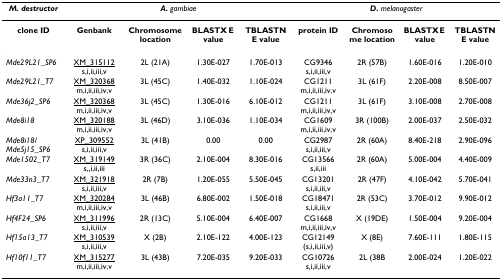
<table><thead><tr><td><b><i>M. destructor</i></b></td><td colspan="4"><b><i>A</i>. <i>gambiae</i></b></td><td colspan="4"><b><i>D</i>. <i>melanogaster</i></b></td></tr></thead><tbody><tr><td><b>clone ID</b></td><td><b>Genbank</b></td><td><b>Chromosome location</b></td><td><b>BLASTX E value</b></td><td><b>TBLASTN E value</b></td><td><b>protein ID</b></td><td><b>Chromosome location</b></td><td><b>BLASTX E value</b></td><td><b>TBLASTN E value</b></td></tr><tr><td><i>Mde29L21_SP6</i></td><td>XM_315112 s,i,ii,iii,v</td><td>2L (21A)</td><td>1.30E-027</td><td>1.70E-013</td><td>CG9346 s,i,ii,iii,v</td><td>2R (57B)</td><td>1.60E-016</td><td>1.20E-010</td></tr><tr><td><i>Mde29L21_T7</i></td><td>XM_320368 m,i,ii,iii,iv,v</td><td>3L (45C)</td><td>1.40E-032</td><td>1.10E-024</td><td>CG1211 m,i,ii,iii,iv,v</td><td>3L (61F)</td><td>2.20E-008</td><td>8.50E-007</td></tr><tr><td><i>Mde36j2_SP6</i></td><td>XM_320368 m,i,ii,iii,iv,v</td><td>3L (45C)</td><td>1.30E-016</td><td>6.10E-012</td><td>CG1211 m,i,ii,iii,iv,v</td><td>3L (61F)</td><td>3.10E-008</td><td>2.70E-008</td></tr><tr><td><i>Mde8i18</i></td><td>XM_320188 m,i,ii,iii,iv,v</td><td>3L (46D)</td><td>3.10E-036</td><td>1.10E-034</td><td>CG1609 m,i,ii,iii,iv,v</td><td>3R (100B)</td><td>2.00E-037</td><td>2.50E-032</td></tr><tr><td><i>Mde8i18/Mde5j15_SP6</i></td><td>XP_309552 s,i,ii,iii,v</td><td>3L (41B)</td><td>0.00</td><td>0.00</td><td>CG2987 s,i,ii,iii,v</td><td>2R (60A)</td><td>8.40E-218</td><td>2.90E-096</td></tr><tr><td><i>Mde1502_T7</i></td><td>XM_319149 s,,i,ii,iii</td><td>3R (36C)</td><td>2.10E-004</td><td>8.30E-016</td><td>CG13566 s,ii,iii</td><td>2R (60A)</td><td>5.00E-004</td><td>4.40E-009</td></tr><tr><td><i>Mde33n3_T7</i></td><td>XM_321918 s,i,ii,iii,v</td><td>2R (7B)</td><td>1.20E-055</td><td>5.50E-045</td><td>CG13201 s,i,ii,iii,v</td><td>2R (47F)</td><td>4.10E-042</td><td>5.70E-041</td></tr><tr><td><i>Hf3a11_T7</i></td><td>XM_320284 m,i,ii,iii,iv,v</td><td>3L (46B)</td><td>6.80E-002</td><td>1.50E-018</td><td>CG18471 s,i,ii,iii,v</td><td>2R (53C)</td><td>3.70E-012</td><td>9.90E-012</td></tr><tr><td><i>Hf4F24_SP6</i></td><td>XM_311996 s,i,ii,iii,v</td><td>2R (13C)</td><td>5.10E-004</td><td>6.40E-007</td><td>CG1668 m,i,ii,iii,iv,v</td><td>X (19DE)</td><td>1.50E-004</td><td>9.20E-004</td></tr><tr><td><i>Hf15a13_T7</i></td><td>XM_310539 s,i,ii,iii,v</td><td>X (2B)</td><td>2.10E-122</td><td>4.00E-123</td><td>CG12149 (s,i,ii,iii,v)</td><td>X (8E)</td><td>7.60E-111</td><td>1.80E-115</td></tr><tr><td><i>Hf10f11_T7</i></td><td>XM_315277 m,i,ii,iii,iv,v</td><td>3L (43B)</td><td>7.20E-035</td><td>9.20E-033</td><td>CG10726 s,i,ii,iii,v</td><td>2L (38B</td><td>2.00E-024</td><td>1.20E-022</td></tr></tbody></table>